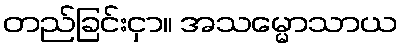
တည်ခြင်းငှာ။ အသမ္မောသာယ